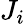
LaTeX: J_{i}